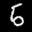
Label: 5